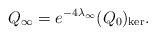
LaTeX: \begin{align*}Q_{\infty }=e^{-4\lambda _{\infty }}(Q_{0})_{\ker }.\end{align*}